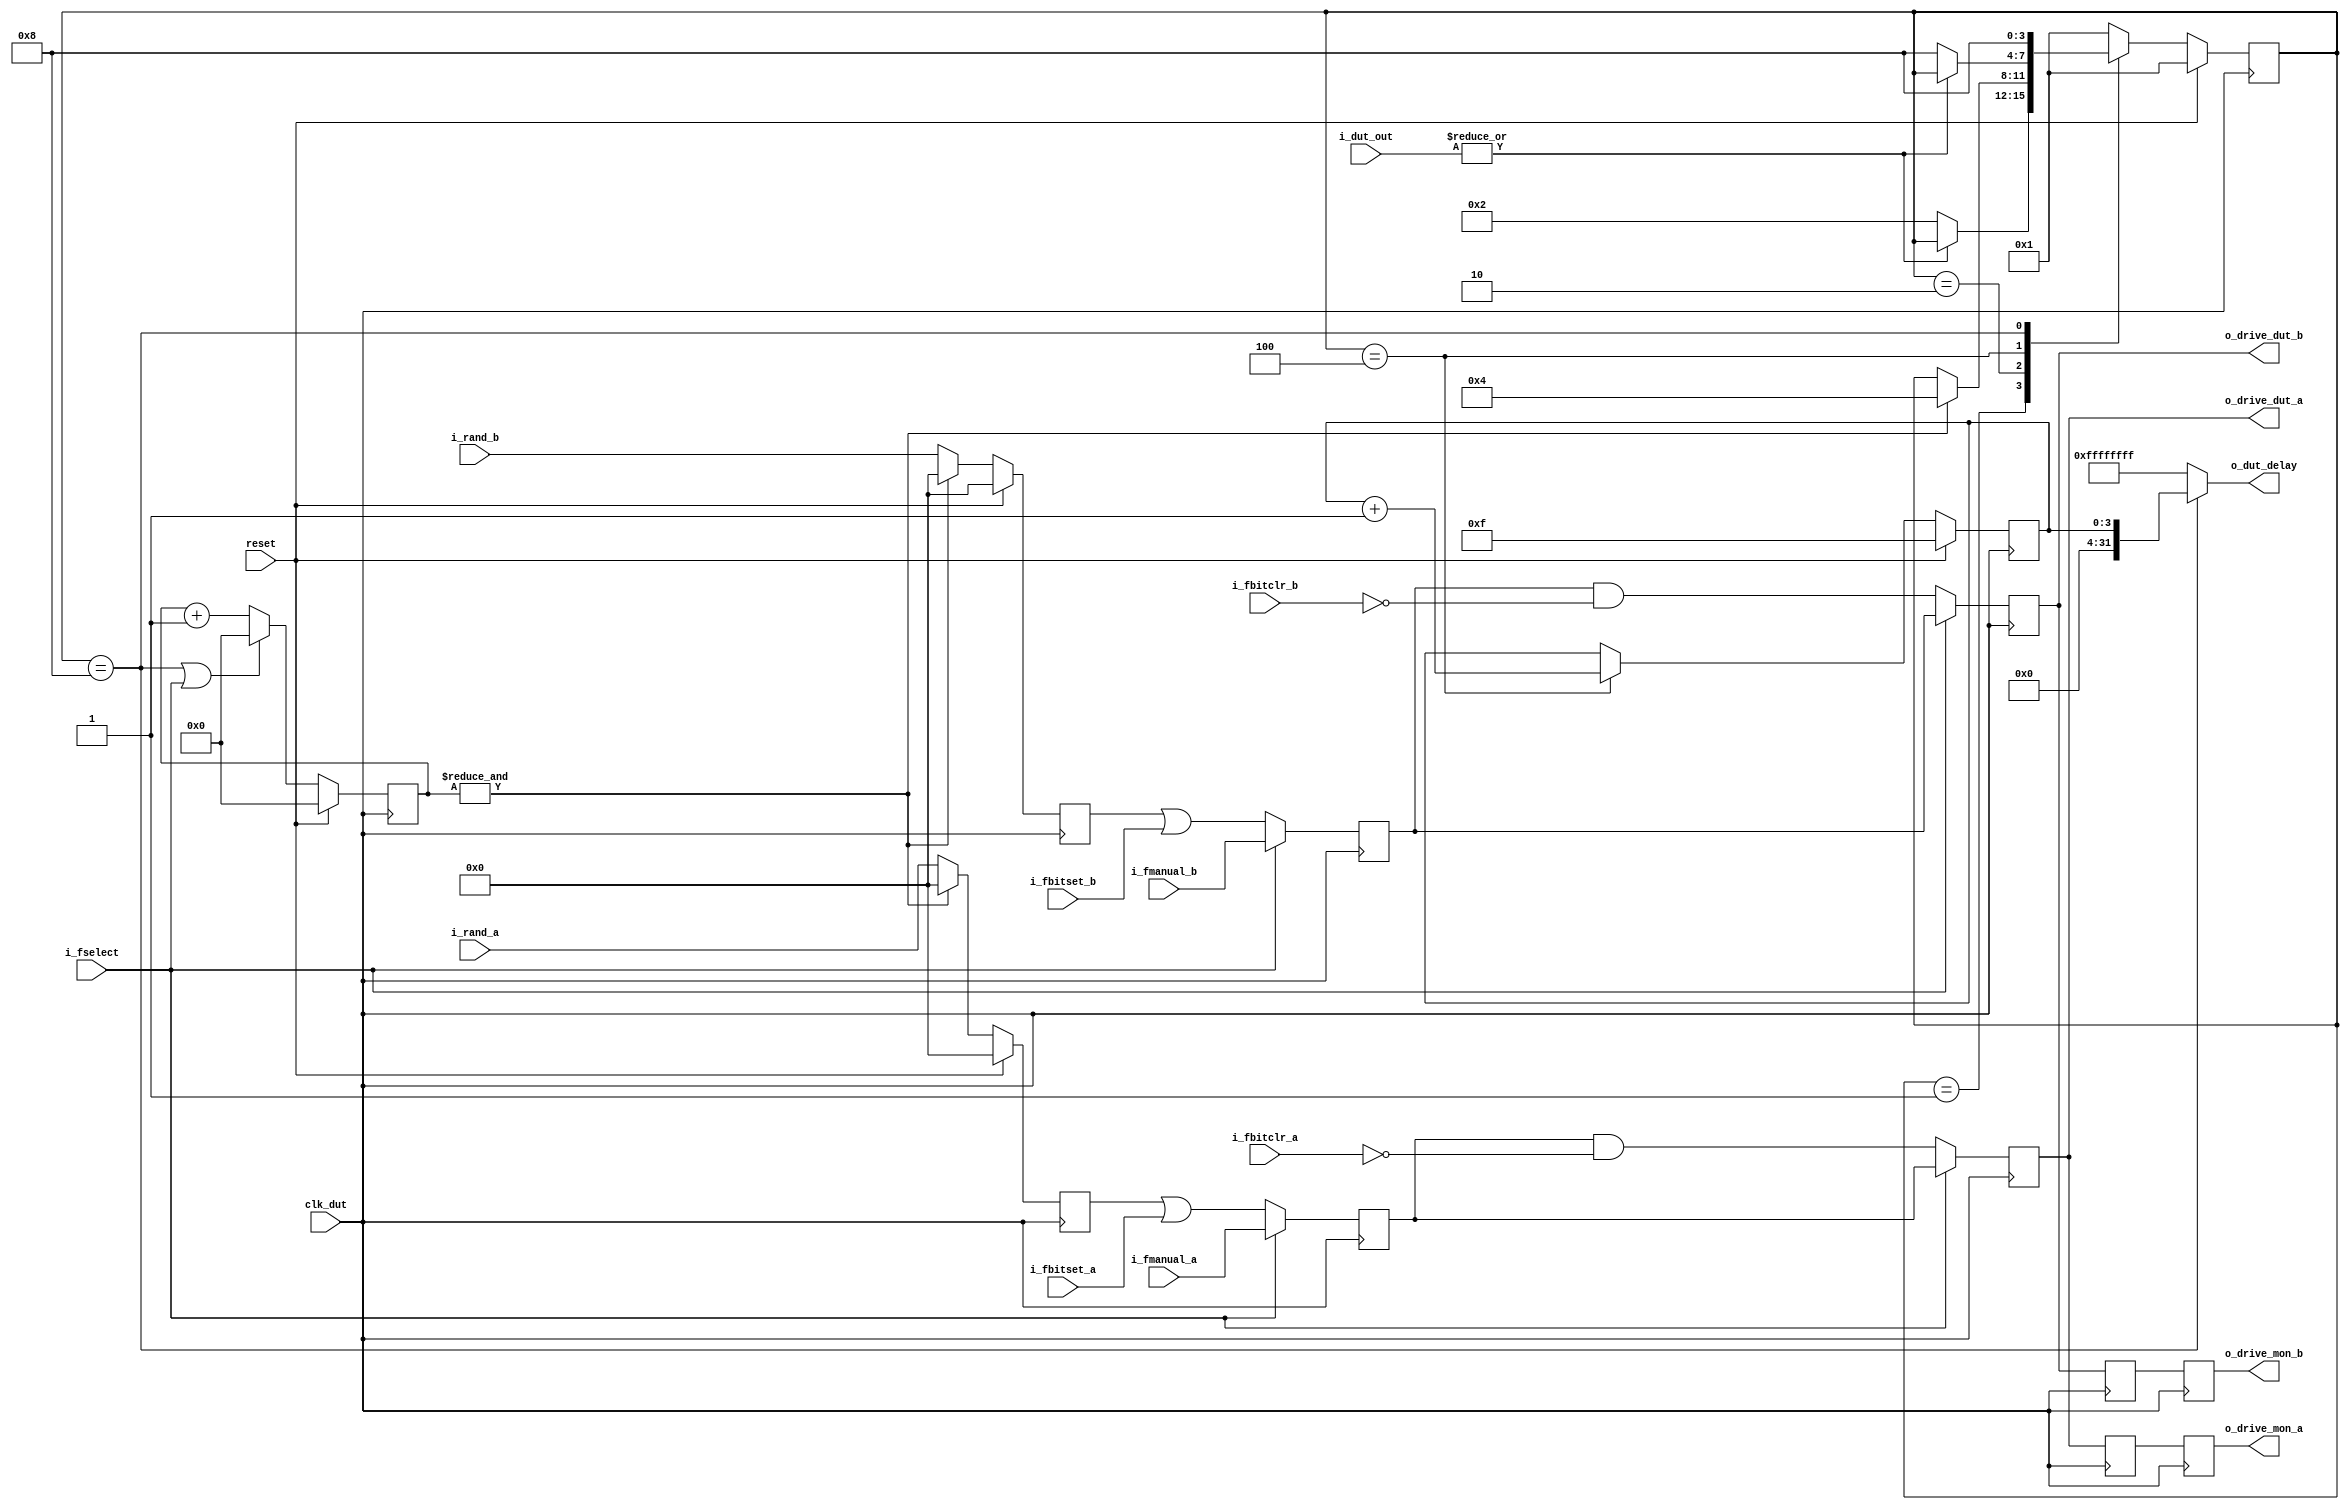
module driver #(
	parameter WIDTH = 32
)(
	input reset,
	input clk_dut,

	input  [WIDTH-1:0] i_rand_a,
	input  [WIDTH-1:0] i_rand_b,
	input  [WIDTH-1:0] i_dut_out,
	output      [31:0] o_dut_delay,
	
	input              i_fselect,
	input  [WIDTH-1:0] i_fmanual_a,
	input  [WIDTH-1:0] i_fmanual_b,
	input  [WIDTH-1:0] i_fbitset_a,
	input  [WIDTH-1:0] i_fbitset_b,
	input  [WIDTH-1:0] i_fbitclr_a,
	input  [WIDTH-1:0] i_fbitclr_b,
	
	output [WIDTH-1:0] o_drive_dut_a,
	output [WIDTH-1:0] o_drive_dut_b,
	output [WIDTH-1:0] o_drive_mon_a,
	output [WIDTH-1:0] o_drive_mon_b
);


	// ------------------------------------------
	// measure delay from DUT
	// K = 16 means at max 200k clk ticks required to finish testing.
	// which is 4ms at 50MHz. negligible.
	// this reduces the error rate by 1/65k, negligible.
	// testing with out='0 is safe.
	// normally LFSR will not give '0 as dut input.
	// maximum detectable delay = 2^K
	localparam K = 4;
	reg [K-1:0] delay_count;
	reg [K-1:0] out_count;
	reg [  3:0] test_state;
	localparam STATE_IDLE  = 4'b0001;
	localparam STATE_READY = 4'b0010;
	localparam STATE_COUNT = 4'b0100;
	localparam STATE_DONE  = 4'b1000;
	
	
	always @(posedge clk_dut)
		if (reset)
			test_state <= STATE_IDLE;
		else case (test_state)
			STATE_IDLE : if (~|i_dut_out) test_state <= STATE_READY;
			STATE_READY: if ( &out_count) test_state <= STATE_COUNT;
			STATE_COUNT: if (~|i_dut_out) test_state <= STATE_DONE;
			STATE_DONE :                  test_state <= STATE_DONE;
			default    :                  test_state <= STATE_IDLE;
		endcase
	
	always @(posedge clk_dut)
		if (reset)
			delay_count <= {K{1'b1}};
		else if(test_state == STATE_COUNT)
			delay_count <= delay_count + 1'b1;
	
	always @(posedge clk_dut)
		if (reset)
			out_count <= {K{1'b0}};
		// delay tester is disabled if it is done or if driver is in manual input mode
		else if (test_state == STATE_DONE || i_fselect == 1'b1)
			out_count <= {K{1'b0}};
		else
			out_count <= out_count + 1'b1;
	
	reg [WIDTH-1:0] a_0;
	reg [WIDTH-1:0] b_0;
	
	always @(posedge clk_dut)
		if (reset) begin
			a_0 <= {WIDTH{1'b0}};
			b_0 <= {WIDTH{1'b0}};
		end
		else if (&out_count) begin
			a_0 <= {WIDTH{1'b0}};
			b_0 <= {WIDTH{1'b0}};
		end
		else begin
			a_0 <= i_rand_a;
			b_0 <= i_rand_b;
		end
	
	assign o_dut_delay = (test_state == STATE_DONE) ? delay_count : {32{1'b1}};
	
	
	// -------------------------------------------
	// filter system after delay tester
	reg [WIDTH-1:0] sa_0;
	reg [WIDTH-1:0] sb_0;
	reg [WIDTH-1:0] fa_0;
	reg [WIDTH-1:0] fb_0;

	// bitclr takes priority. This decision is arbitrary.
	always @(posedge clk_dut)
		if (i_fselect == 1'b0) begin
			sa_0 <= a_0 | i_fbitset_a;
			sb_0 <= b_0 | i_fbitset_b;
			fa_0 <= sa_0 & (~i_fbitclr_a);
			fb_0 <= sb_0 & (~i_fbitclr_b);
		end
		else begin
			sa_0 <= i_fmanual_a;
			sb_0 <= i_fmanual_b;
			fa_0 <= sa_0;
			fb_0 <= sb_0;
		end
	
	// ------------------------------------------
	// filtered output to DUT and monitor.
	// assign as LSFR outputs are on clk_dut as well
	//	assign o_drive_a = i_rand_a;
	//	assign o_drive_b = i_rand_b;
	reg [WIDTH-1:0] fa_1;
	reg [WIDTH-1:0] fa_2;
	reg [WIDTH-1:0] fb_1;
	reg [WIDTH-1:0] fb_2;
	
	always @(posedge clk_dut) begin
		// delayed output to monitor
		fa_1 <= fa_0;
		fa_2 <= fa_1;
		fb_1 <= fb_0;
		fb_2 <= fb_1;
	end
	
	assign o_drive_dut_a = fa_0;
	assign o_drive_dut_b = fb_0;
	assign o_drive_mon_a = fa_2;
	assign o_drive_mon_b = fb_2;

endmodule